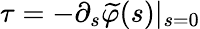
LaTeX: \tau=-\partial_{s}{\widetilde{\varphi}}(s)|_{s=0}